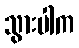
သွားပါက